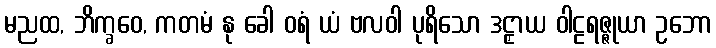
မညထ, ဘိက္ခဝေ, ကတမံ နု ခေါ ဝရံ ယံ ဗလဝါ ပုရိသော ဒဠှာယ ဝါဠရဇ္ဇုယာ ဥဘော